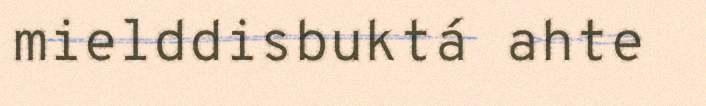
mielddisbuktá ahte